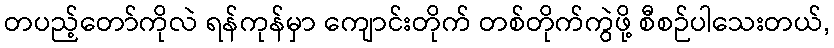
တပည့်တော်ကိုလဲ ရန်ကုန်မှာ ကျောင်းတိုက် တစ်တိုက်ကွဲဖို့ စီစဉ်ပါသေးတယ်,